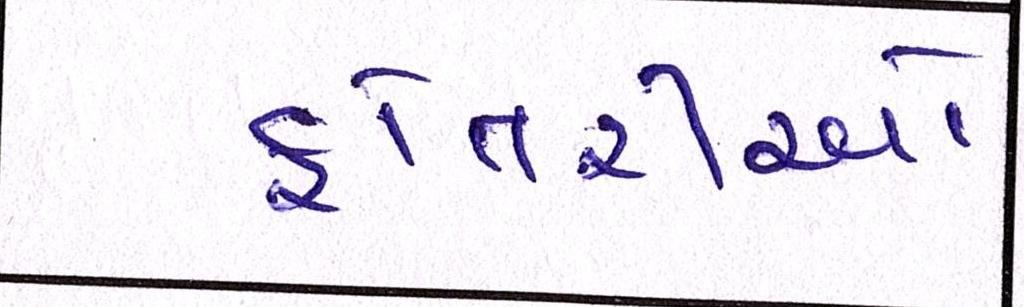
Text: ફોતરીઓ